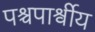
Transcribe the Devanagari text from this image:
पश्चपार्श्वीय